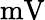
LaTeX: \mathrm{mV}